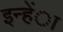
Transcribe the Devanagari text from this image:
इन्हेंा